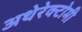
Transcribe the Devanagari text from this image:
अथेरेक्टोमी